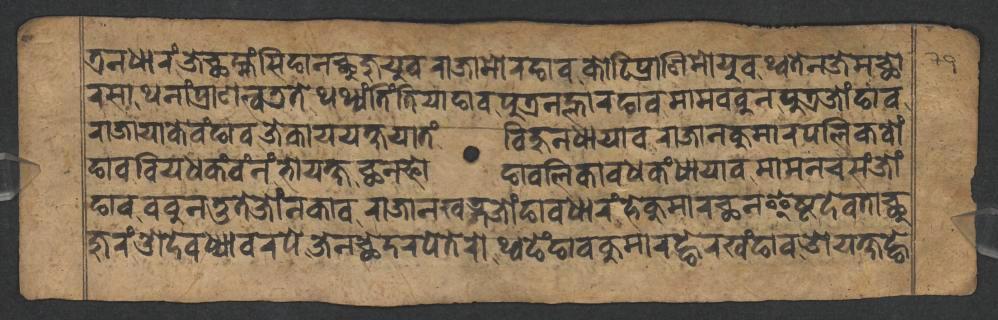
𑐟𑑂𑐬𑐣𑐢𑐵𑐬𑑄𑐖𑐾𑐕𑐩𑑂𑐴𑑄𑐳𑐶𑐒𑐵𑐣𑐕𑐸𑐖𑐸𑐫𑐸𑐰𑐬𑐵𑐖𑐵𑐩𑑀𑐬𑐒𑐵𑐰𑐎𑑀𑐚𑐶𑐥𑑂𑐬𑐵𑐞𑐶𑐩𑑀𑐫𑐸𑐰𑐠𑑂𑐰𑐟𑐾𑐣𑐖𑐾𑐩𑐕𑑀 𑐬𑐳𑐵𑐠𑐣𑐵𑑄𑐥𑑂𑐬𑐵𑐞𑐟𑑂𑐰𑐜𑐟𑐾𑐠𑐠𑑂𑐫𑑄𑐟𑐶𑑄𑐟𑐶𑐫𑐵𑐒𑐵𑐰𑐥𑐸𑐟𑑂𑐬𑐣𑐮𑑂𑐴𑐵𑐬𑐒𑐵𑐰𑐩𑐵𑐩𑐧𑐧𑐸𑐣𑐥𑐸𑐟𑑂𑐬𑐖𑑀𑑄𑐒𑐵𑐰 𑐬𑐵𑐖𑐵𑐫𑐵𑐎𑐾𑐰𑑄𑐒𑐵𑐰𑐖𑐾𑐎𑐵𑐫𑐫𑐎𑑂𑐲𑐵𑐫𑐵𑐟𑑄𑐧𑐶𑐴𑐸𑐣𑐢𑐵𑐫𑐵𑐰𑐬𑐵𑐖𑐵𑐣𑐎𑐸𑐩𑐵𑐬𑐥𑐮𑐶𑐎𑐧𑑀𑑄 𑐒𑐵𑐰𑐧𑐶𑐫𑐢𑐎𑑄𑐰𑑄𑐣𑑄𑐨𑑀𑐫𑐎𑑂𑐲𑐕𑐣𑐦𑑀𑐒𑐵𑐰𑐧𑐮𑐶𑐎𑐵𑐰𑐢𑐎𑑄𑐢𑐵𑐫𑐵𑐰𑐩𑐵𑐩𑐣𑐔𑐳𑑄𑐖𑑀𑑄 𑐒𑐵𑐰𑐧𑐧𑐸𑐣𑐟𑐸𑐟𑐾𑐖𑑀𑑄𑐣𑐎𑐵𑐰𑐬𑐵𑐖𑐵𑐣𑐏𑐜𑑂𑐐𑐖𑑀𑑄𑐒𑐵𑐰𑐢𑐵𑐬𑑄𑐴𑐾𑐎𑐸𑐩𑐵𑐬𑐕𑐣𑐿𑐲𑑂𑐚𑐡𑐾𑐰𑐟𑐵𑐕𑐸 𑐖𑐸𑐬𑑄𑐌𑐡𑐾𑐰𑐢𑑂𑐫𑐵𑐰𑐬𑐥𑐾𑐖𑐾𑐣𑐕𑐾𑐡𑐬𑐥𑐾𑐟𑐾𑐬𑑀𑐠𑑂𑐰𑐒𑐾𑑄𑐒𑐵𑐰𑐎𑐸𑐩𑐵𑐬𑐒𑑂𑐴𑐾𑐬𑐏𑑄𑐒𑐵𑐰𑐌𑐫𑐎𑑂𑐲𑐒𑑂𑐴𑐾